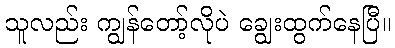
သူလည်း ကျွန်တော့်လိုပဲ ချွေးထွက်နေပြီ။